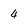
Character: 4